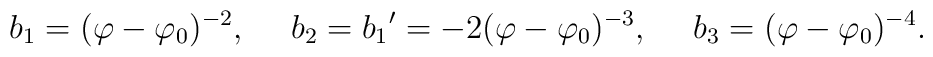
b_{1}=(\varphi -\varphi _{0})^{-2},\ \ \ \ b_{2}={b_{1}}^{\prime}=-2(\varphi -\varphi _{0})^{-3},\ \ \ \ b_{3}=(\varphi -\varphi _{0})^{-4}.